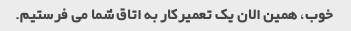
خوب، همین الان یک تعمیرکار به اتاق شما می فرستیم.